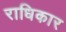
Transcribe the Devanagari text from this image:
राधिकार